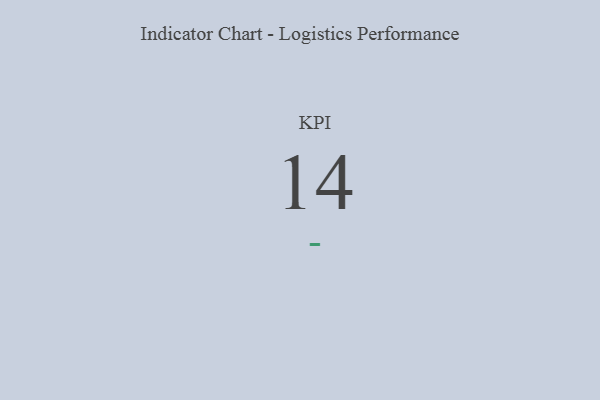
{"axis": {"x": "KPI", "y": "Value"}, "legend": [""], "data": [{"x": "KPI", "y": 14, "type": ""}]}